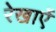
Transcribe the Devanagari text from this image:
रेखाऐं